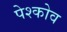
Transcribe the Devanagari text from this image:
पेश्कोव